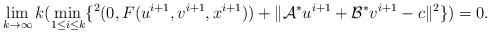
\begin{align*} \displaystyle\lim_{k\to\infty} k(\min_{1\leq i\leq k} \{^2(0, F(u^{i+1}, v^{i+1}, x^{i+1})) + \|\mathcal{A}^*u^{i+1} + \mathcal{B}^*v^{i+1}-c\|^2 \})= 0.\end{align*}